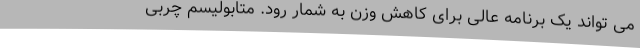
می تواند یک برنامه عالی برای کاهش وزن به شمار رود. متابولیسم چربی